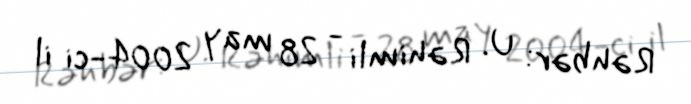
Rəhbər: U. Rəhimli - 28 may 2004-ci il